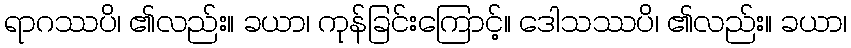
ရာဂဿပိ၊ ၏လည်း။ ခယာ၊ ကုန်ခြင်းကြောင့်။ ဒေါသဿပိ၊ ၏လည်း။ ခယာ၊